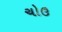
ચોઉ